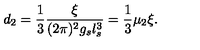
d _ { 2 } = { \frac { 1 } { 3 } } { \frac { \xi } { ( 2 \pi ) ^ { 2 } g _ { s } l _ { s } ^ { 3 } } } = { \frac { 1 } { 3 } } \mu _ { 2 } \xi .